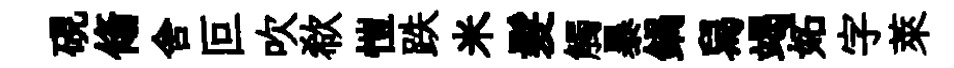
硯翛舍叵吹欷愷跌米髮觸暴鍋舄竭妬字萊